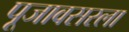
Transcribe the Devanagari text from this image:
पूजावसरला